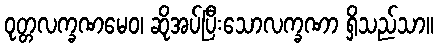
ဝုတ္တလက္ခဏမေဝ၊ ဆိုအပ်ပြီးသောလက္ခဏာ ရှိသည်သာ။